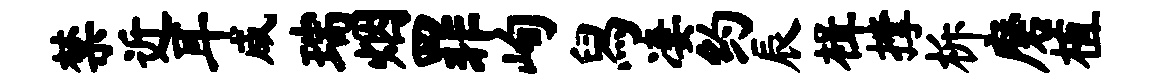
禁近耳咸瑞烟罪峋舄凄约辰楫撑柝磨植